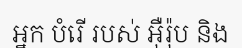
អ្នក បំរើ របស់ អ៊ឺរ៉ុប និង